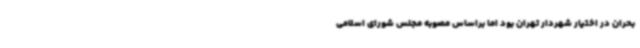
بحران در اختیار شهردار تهران بود اما براساس مصوبه مجلس شورای اسلامی